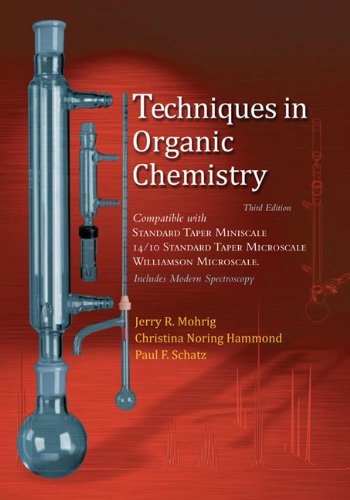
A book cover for Techniques in Organic Chemistry:  Miniscale, Standard Taper Microscale, and Williamson Microscale; Jerry R. Mohrig; Science & Math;